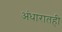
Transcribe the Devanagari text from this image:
अंधारातही